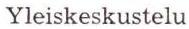
Yleiskeskustelu